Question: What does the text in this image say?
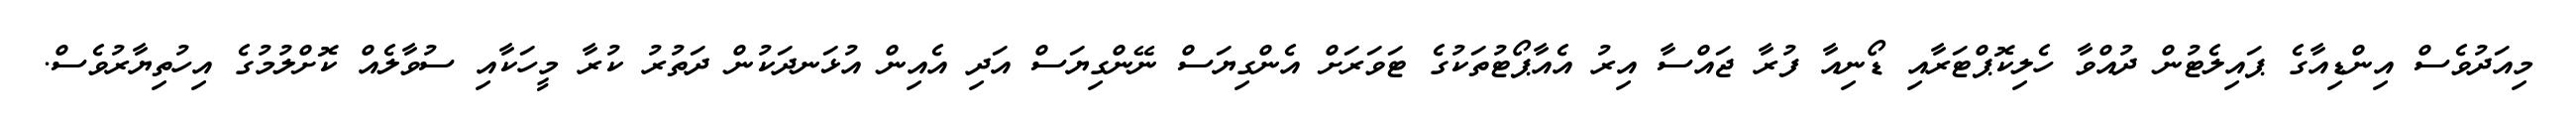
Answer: މިއަދުވެސް އިންޑިއާގެ ޕައިލެޓުން ދުއްވާ ހެލިކޮޕްޓަރާއި ޑޯނިއާ ފުރާ ޖައްސާ އިރު އެއާޕޯޓުތަކުގެ ޓަވަރަށް އެންގިޔަސް ނޭންގިޔަސް އަދި އެއިން އުޅަނދަކުން ދަތުރު ކުރާ މީހަކާއި ސުވާލެއް ކޮށްލުމުގެ އިހުތިޔާރުވެސް.